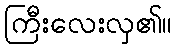
ကြီးလေးလှ၏။